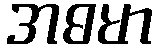
အဓမာ